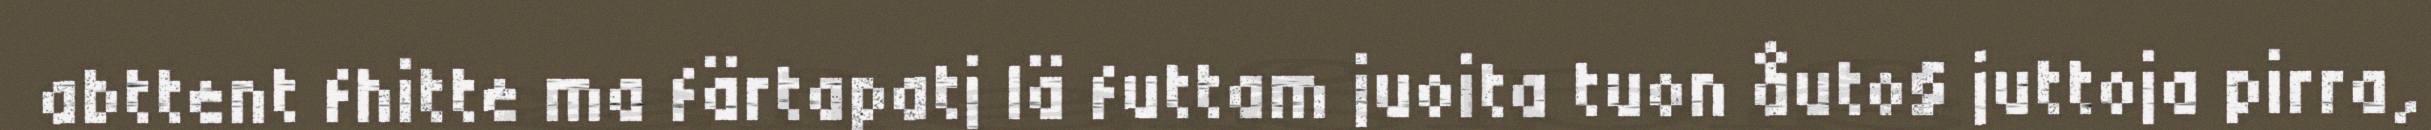
abttent fhitte ma färtapatj lä futtam juoita tuon åuto§ juttoja pirra,